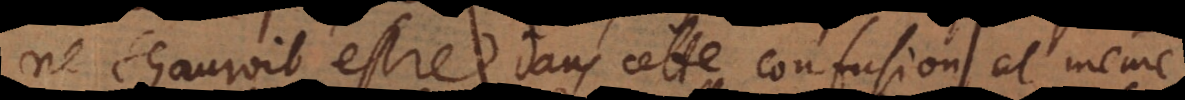
ne sçauroit estre dans cette confusion et même